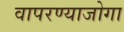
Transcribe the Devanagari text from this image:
वापरण्याजोगा